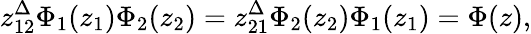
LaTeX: z_{12}^{\Delta}{\Phi_{1}(z_{1})}{\Phi_{2}(z_{2})}=z_{21}^{\Delta}{\Phi_{2}(z_{2})}{\Phi_{1}(z_{1})}=\Phi(z),